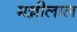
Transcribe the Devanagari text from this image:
मन्नीलाल